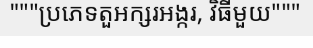
"""ប្រភេទតួអក្សរអង្ករ, វិធីមួយ"""